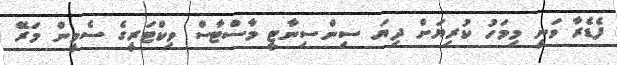
ފެޑެރާ ވަނީ މިމަހު ކުރިޔަށް ދިޔަ ސިންސިނާޓީ މާސްޓާސް ވިކްޓަރީގެ ސެމީން މަރޭ